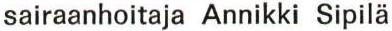
sairaanhoitaja Annikki Sipilä